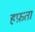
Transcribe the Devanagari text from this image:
हफ़ता